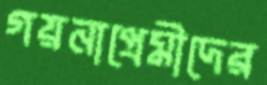
গয়নাপ্রেমীদের